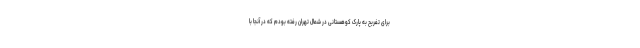
برای تفریح به پارک کوهستانی در شمال تهران رفته بودم که در آنجا با